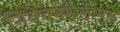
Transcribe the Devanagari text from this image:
निवेदनशैलीमुळे